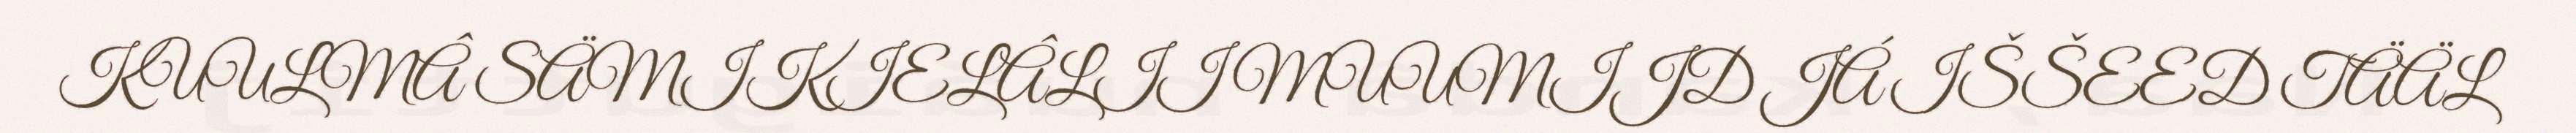
KUULMÂ SÄMIKIELÂLII MUUMIJD JÁ IŠŠEED TÄÄL